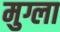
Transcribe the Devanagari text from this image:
मुग्ला